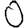
Digit: 0